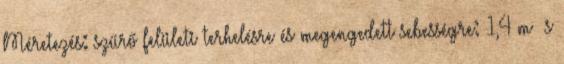
Méretezés: szűrő felületi terhelésre és megengedett sebességre: 1,4 m s